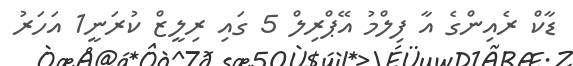
ޑާކް ރެއިންގެ އާ ފިލްމު އޭޕްރިލް 5 ގައި ރިލީޒް ކުރަނީ1 އަހަރު